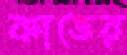
কাডের